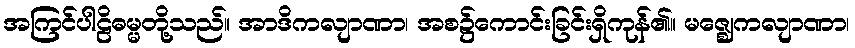
အကြင်ပါဠိဓမ္မတို့သည်။ အာဒိကလျာဏာ၊ အစ၌ကောင်းခြင်းရှိကုန်၏။ မဇ္ဈေကလျာဏာ၊